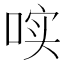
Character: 𱓐